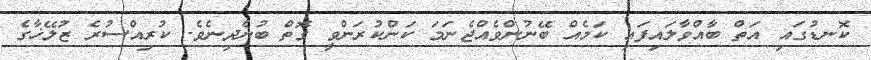
ކޮނޑުގައި އަތް ބާއްވާލައިފައި ކަމެއް ބޭނުންވެއްޖެނަމަ ކަންކުރަންވީ ގޮތް ބުނެދިނެވެ. ކުރިއްސުރެ ޒުލޭޚާގެ